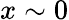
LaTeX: x\sim 0